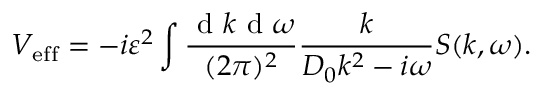
V _ { \mathrm { e f f } } = - i \varepsilon ^ { 2 } \int \frac { \mathrm { ~ d ~ } k \mathrm { ~ d ~ } \omega } { ( 2 \pi ) ^ { 2 } } \frac { k } { D _ { 0 } k ^ { 2 } - i \omega } S ( k , \omega ) .